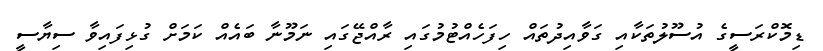
ޑިމޮކްރަސީގެ އުސޫލުތަކާއި ގަވާއިދުތައް ހިފަހެއްޓުމުގައި ރާއްޖޭގައި ނަމޫނާ ބައެއް ކަމަށް ގުޅިފައިވާ ސިޔާސީ